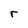
Character: r